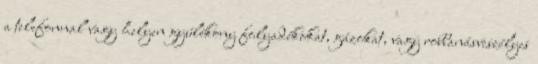
a telefonnal vagy helyen gyúlékony folyadékokat, gázokat, vagy robbanásveszélyes